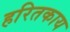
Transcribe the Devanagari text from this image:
हरितकाय